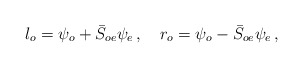
\begin{align*}l_{o}=\psi _{o}+\bar{S}_{oe}\psi _{e}\,,~~~r_{o}=\psi _{o}-\bar{S}_{oe}\psi_{e}\,, \end{align*}